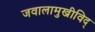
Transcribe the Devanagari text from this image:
जवालामुखीविद्